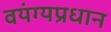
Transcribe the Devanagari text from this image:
वयंग्यप्रधान